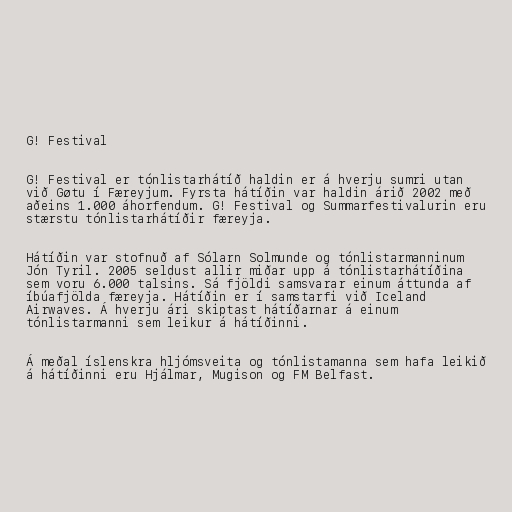
G! Festival

G! Festival er tónlistarhátíð haldin er á hverju sumri utan
við Gøtu í Færeyjum. Fyrsta hátíðin var haldin árið 2002 með
aðeins 1.000 áhorfendum. G! Festival og Summarfestivalurin eru
stærstu tónlistarhátíðir færeyja.

Hátíðin var stofnuð af Sólarn Solmunde og tónlistarmanninum
Jón Tyril. 2005 seldust allir miðar upp á tónlistarhátíðina
sem voru 6.000 talsins. Sá fjöldi samsvarar einum áttunda af
íbúafjölda færeyja. Hátíðin er í samstarfi við Iceland
Airwaves. Á hverju ári skiptast hátíðarnar á einum
tónlistarmanni sem leikur á hátíðinni.

Á meðal íslenskra hljómsveita og tónlistamanna sem hafa leikið
á hátíðinni eru Hjálmar, Mugison og FM Belfast.